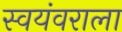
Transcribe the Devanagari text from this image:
स्वयंवराला